Plague in India, 1896, 1897 - Volume 1
Year: 1896
Disease focus: Plague
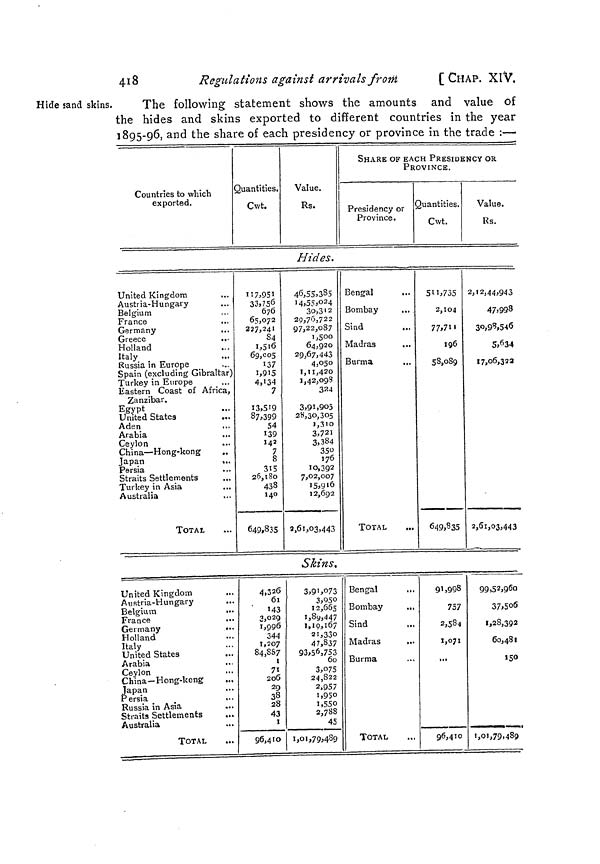
418
Regulations against arrivals from
[ CHAP. XIV,
Hide sand skins.
The following statement shows the amounts and value of
the hides and skins exported to different countries in the year
1895-96, and the share of each presidency or province in the trade :—
Countries to which
exported.
Quantities.
Cvvt.
Value.
Rs.
SHARE OF EACH PRESIDENCY OR
PROVINCE.
Presidency or
Province.
Quantities.
Cwt.
Value.
Rs.
Hides.
United Kingdom
...
Austria-Hungary
Belgium
France
Germany
Greece
...
Holland
Italy
Russia in Europe
Spain (excluding Gibraltar)
Turkey in Europe
Eastern Coast of Africa,
Zanzibar.
Egypt
United States
Aden
Arabia
Ceylon
China — Hong-kong
..
Japan
...
Persia
Straits Settlements
Turkey in Asia
Australia
TOTAL
II7.95I
33,756
676
65,072
227,241
84
i.5t6
69,005
137
i,9iS
4,134
7
13,519
87,399
54
139
143
7
8
315
26,180
433
140
649,835
46,55,385
14,55,024
3o,3 1 2
20,76,722
97,22,087
1,500
64,920
29,67,443
4,050
1,11,420
1,42,098
324
3,91,905
28,30,305
1,310
3,721
3,384
350
176
10,392
7,02,007
I5,916
12,692
2,61,03,443
Bengal
...
Bombay
Sind
Madras
Burma
TOTAL
511,735
2,104
77,711
196
58,089
649,835
2,12,44,943
47,998
30,98,546
5,634
17,06,322
2,61,03,443
Skins.
United Kingdom
Austria-Hungary
Belgium
..•
France
Germany
Holland
Italy
United States
Arabia
Ceylon
China — Hong-kong
Japan
Persia
Russia in Asia
Straits Settlements
Australia
TOTAL
4,326
61
'43
3,029
1,996
344
1,207
84,887
i
71
206
29
38
28
43
I
96,410
3,91,073
3,950
12,665
1,89,447
1,19,167
2i,33o
47,837
93,56,753
60
3,075
24,822
2,957
1,950
1,550
2,788
45
1,01,79,489
Bengal
Bombay
...
Sind
,.,
Madras
...
Burma
TOTAL
91,998
757
2,584
1,071
...
96,410
99,52,960
37,506
1,28,392
60,481
150
1,01,79,489